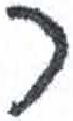
אות: ר